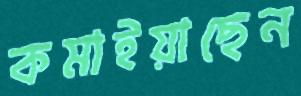
কমাইয়াছেন